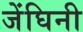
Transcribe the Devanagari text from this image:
जेंघिनी